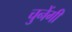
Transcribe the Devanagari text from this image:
चुनेंगी